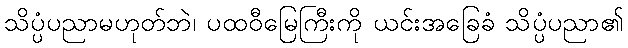
သိပ္ပံပညာမဟုတ်ဘဲ၊ ပထဝီမြေကြီးကို ယင်းအခြေခံ သိပ္ပံပညာ၏